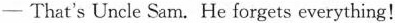
—That's Uncle Sam. He forgets everything!